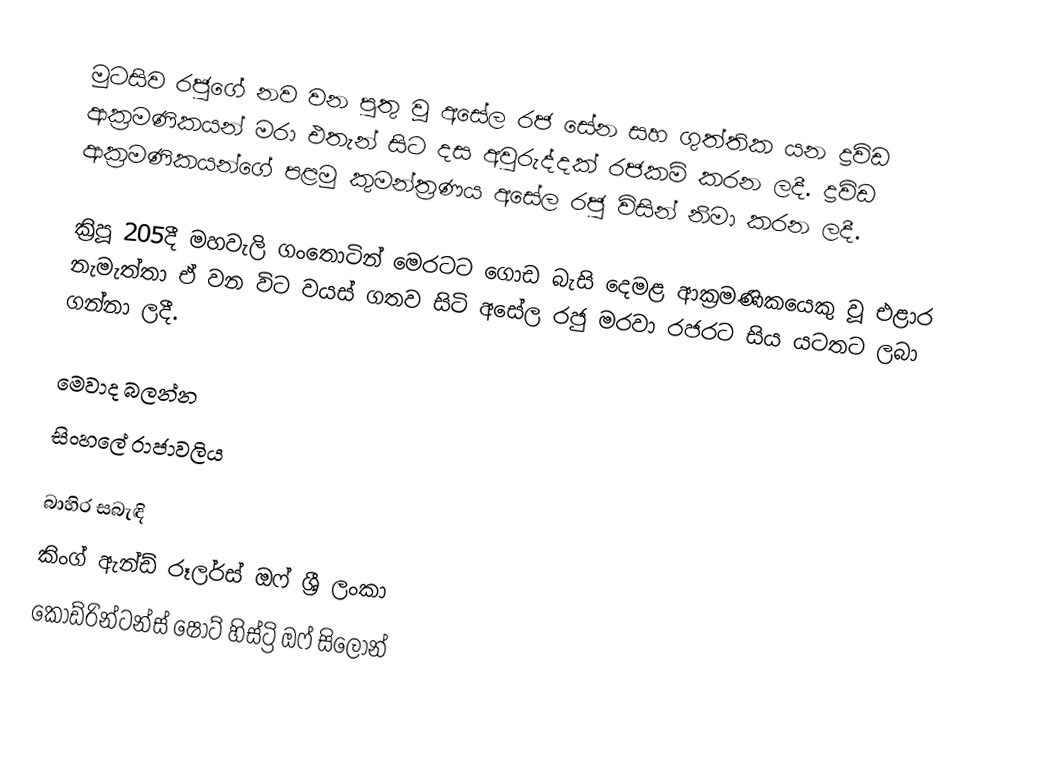
මුටසිව රජුගේ නව වන පුතු වූ අසේල රජ සේන සහ ගුත්තික යන ද්‍රවිඩ ආක්‍රමණිකයන් මරා එතැන් සිට දස අවුරුද්දක් රජකම් කරන ලදී. ද්‍රවිඩ ආක්‍රමණිකයන්ගේ පළමු කුමන්ත්‍රණය අසේල රජු විසින් නිමා කරන ලදී.

ක්‍රිපූ 205දී මහවැලි ගංතොටින් මෙරටට ගොඩ බැසි දෙමළ ආක්‍රමණිකයෙකු වූ එළාර නැමැත්තා ඒ වන විට වයස් ගතව සිටි අසේල රජු මරවා රජරට සිය යටතට ලබා ගන්නා ලදී.

මෙවාද බලන්න
සිංහලේ රාජාවලිය

බාහිර සබැඳි
 කිංග් ඇන්ඩ් රූලර්ස් ඔෆ් ශ්‍රී ලංකා
 කොඩ්රින්ටන්ස් ෂෝට් හිස්ට්‍රි ඔෆ් සිලෝන්